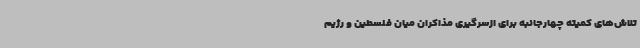
تلاش‌های کمیته چهارجانبه برای ازسرگیری مذاکران میان فلسطین و رژیم